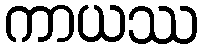
ကာယဿ